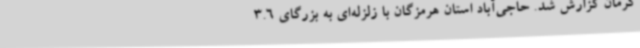
کرمان گزارش شد. حاجی‌آباد استان هرمزگان با زلزله‌ای به بزرگای 3.6